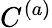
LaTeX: C^{(a)}